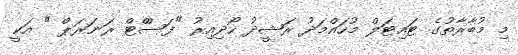
މި މުބާރާތުގެ ޓައިޓަލް މުހައްމަދު ރަޝީދު ހޯދިއިރު "ފަސްްޓް ރަނަރަޕް " އަކީ